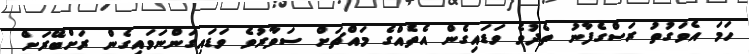
ހަމަ އެވަގުތު ރަސްގެފާނު ތެދުވެ ވަޑައިގެން އެތެއްގެ މައްޗަށް ސަވާރުވެ ވަޑައިގަންނަވައިގެން ރަށްބޭރަށް